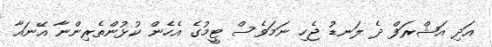
އަދި އަޝްރަފް ދެ ލަނޑު ޖެހި ނަމަވެސް ޓީމުގެ އެހެން ކުޅުންތެރިންނާ އޭނައާ